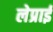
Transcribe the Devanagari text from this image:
लेप्राई